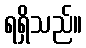
ရရှိသည်။